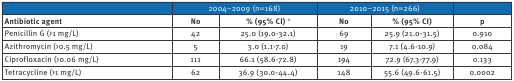
<table><thead><tr><td></td><td colspan="2"><b>2004–2009 (n=168)</b></td><td colspan="2"><b>2010–2015 (n=266)</b></td><td></td></tr></thead><tbody><tr><td><b>Antibiotic agent</b></td><td><b>No</b></td><td><b>% (95% CI)</b><sup>a</sup></td><td><b>No</b></td><td><b>% (95% CI)</b></td><td><b>p</b></td></tr><tr><td>Penicillin G (&gt;1 mg/L)</td><td>42</td><td>25.0 (19.0-32.1)</td><td>69</td><td>25.9 (21.0-31.5)</td><td>0.910</td></tr><tr><td>Azithromycin (&gt;0.5 mg/L)</td><td>5</td><td>3.0 (1.1-7.0)</td><td>19</td><td>7.1 (4.6-10.9)</td><td>0.084</td></tr><tr><td>Ciprofloxacin (&gt;0.06 mg/L)</td><td>111</td><td>66.1 (58.6-72.8)</td><td>194</td><td>72.9 (67.3-77.9)</td><td>0.133</td></tr><tr><td>Tetracycline (&gt;1 mg/L)</td><td>62</td><td>36.9 (30.0-44.4)</td><td>148</td><td>55.6 (49.6-61.5)</td><td>0.0002</td></tr></tbody></table>